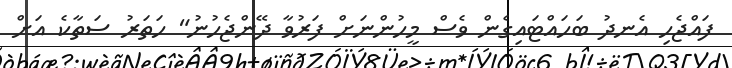
ފައްޖެހި އެނދު ބަހައްޓައިގެން ވެސް މީހުންނަށް ފަރުވާ ދޭންޖެހުނު" ހަތަރު ސަތާކެ އަށް